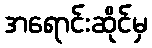
အရောင်းဆိုင်မှ